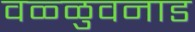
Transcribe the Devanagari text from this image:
वळ्ळुवनाड